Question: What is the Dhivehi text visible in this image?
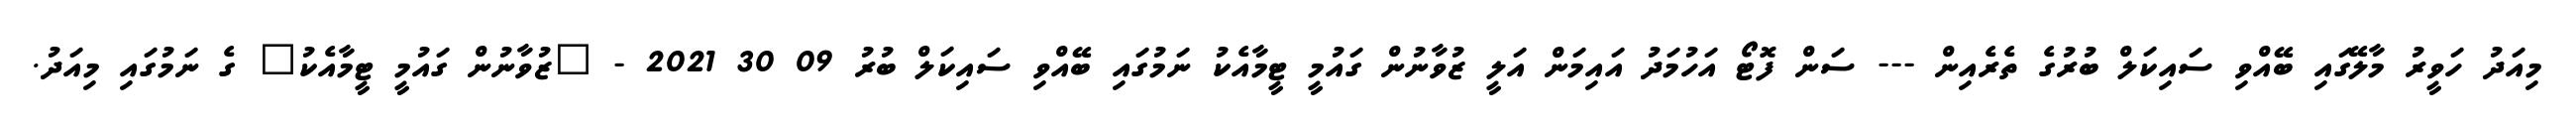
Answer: މިއަދު ހަވީރު މާލޭގައި ބޭއްވި ސައިކަލް ބުރުގެ ތެރެއިން --- ސަން ފޮޓޯ އަހުމަދު އައިމަން އަލީ ޒުވާނުން ގައުމީ ޓީމާއެކު ނަމުގައި ބޭއްވި ސައިކަލް ބުރު 09 30 2021 - "ޒުވާނުން ގައުމީ ޓީމާއެކު" ގެ ނަމުގައި މިއަދު.